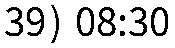
39) 08:30